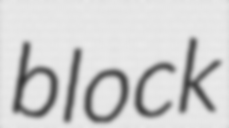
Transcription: block